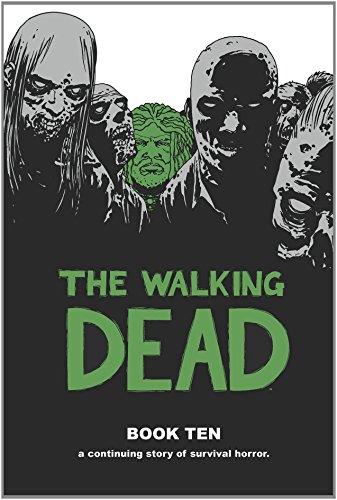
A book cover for The Walking Dead Book 10 HC; Robert Kirkman; Comics & Graphic Novels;